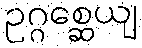
ဥဂ္ဂစ္ဆေယျ